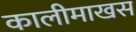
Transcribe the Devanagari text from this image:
कालीमाखस